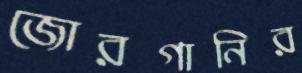
জোরগানির